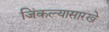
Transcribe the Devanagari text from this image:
जिंकल्यासारखे